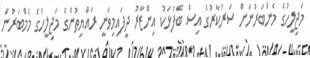
މަޖިލީހުގެ މެންބަރުނަށް ސަރުކާރުގެ އިސް ބޭފުޅަކު އިންޒާރު ދީފައިމިވަނީ ރައްޔިތުންގެ މަޖިލީހުގެ މެމްބަރުން